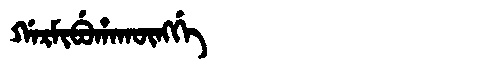
Manchu: ᡤᠠᡵᠮᡳᠪᡠᡥᠠᡴᡡᠩᡤᡝ
Romanization: GARMIBUHAKŪNGGE